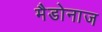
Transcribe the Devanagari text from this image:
मैडोनाज